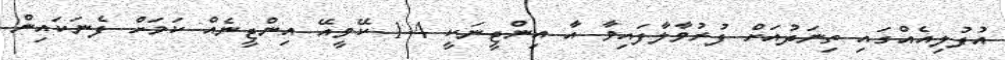
އުފުލިއެއްގައި ތިނަދުއަށް ފުރުވާލާފައިވާ އާ އިންޖީނަކީ 1.4 ކޭވީއޭ އިންޖީނެއް ކަމަށް ފެނަކައިން